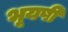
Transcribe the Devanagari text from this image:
भूयषी